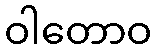
ဝါတောဝ